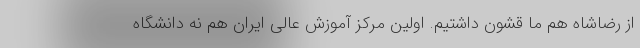
از رضاشاه هم ما قشون داشتیم. اولین مرکز آموزش عالی ایران هم نه دانشگاه